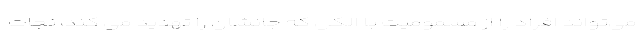
می‌تواند افراد را از مسمومیت با الکل که جانشان را تهدید می کند، نجات